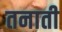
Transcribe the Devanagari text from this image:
तनाती